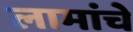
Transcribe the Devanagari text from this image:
लामांचे